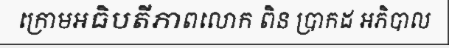
ក្រោមអធិបតីភាពលោក ពិន ប្រាកដ អភិបាល